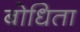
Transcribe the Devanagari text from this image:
बोधिता